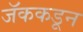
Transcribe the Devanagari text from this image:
जॅककडून